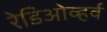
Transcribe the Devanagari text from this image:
रेडिओव्हर्व